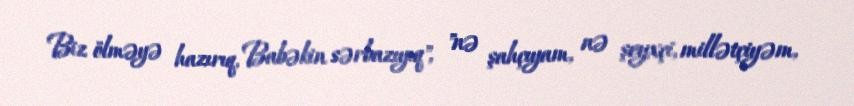
Biz ölməyə hazırıq, Babəkin sərbazıyıq", "nə şahçıyam, nə şeyxçi, millətçiyəm,